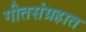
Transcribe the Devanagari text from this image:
गीतसंग्रहात